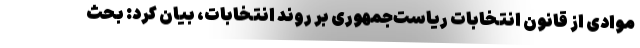
موادی از قانون انتخابات ریاست‌جمهوری بر روند انتخابات، بیان کرد: بحث